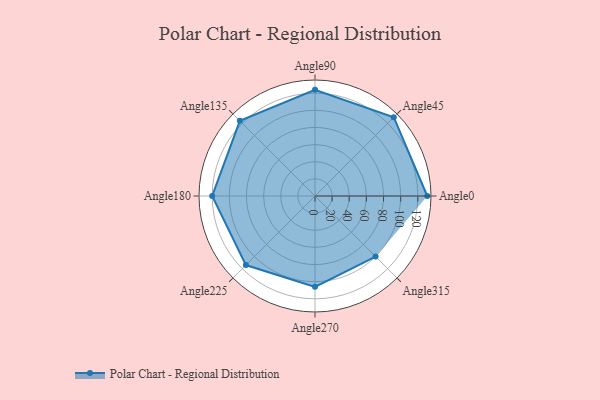
{"axis": {"x": "Angle", "y": "Radius"}, "legend": [""], "data": [{"x": "Angle0", "y": 131.0, "type": ""}, {"x": "Angle45", "y": 130.0, "type": ""}, {"x": "Angle90", "y": 124.0, "type": ""}, {"x": "Angle135", "y": 124.0, "type": ""}, {"x": "Angle180", "y": 120.0, "type": ""}, {"x": "Angle225", "y": 114.0, "type": ""}, {"x": "Angle270", "y": 106.0, "type": ""}, {"x": "Angle315", "y": 100.0, "type": ""}]}